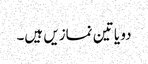
دو یا تین نمازیں ہیں۔